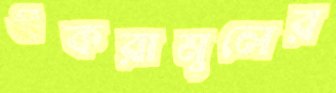
একরামুলের